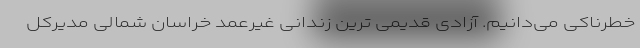
خطرناکی می‌دانیم. آزادی قدیمی ترین زندانی غیرعمد خراسان شمالی مدیرکل